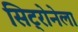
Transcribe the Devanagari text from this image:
सिट्रोनेला